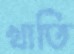
খাতি